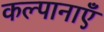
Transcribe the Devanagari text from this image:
कल्पानाएँ